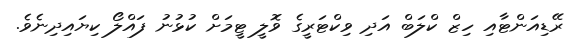
ރޭޑިއަންޓާއި ހިޒް ކްލަބް އަދި ވިކްޓަރީގެ ވޮލީ ޓީމަށް ކުޅުނު ފައްލޯ ކިޔައިދިނެވެ.